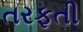
તરફતી